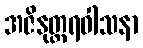
အဇိနုတ္တရဝါသနာ